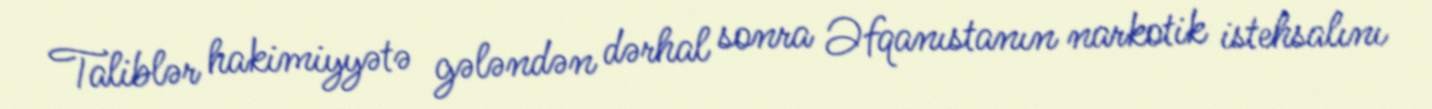
Taliblər hakimiyyətə gələndən dərhal sonra Əfqanıstanın narkotik istehsalını